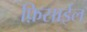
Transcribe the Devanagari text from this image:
फ़िसाईल